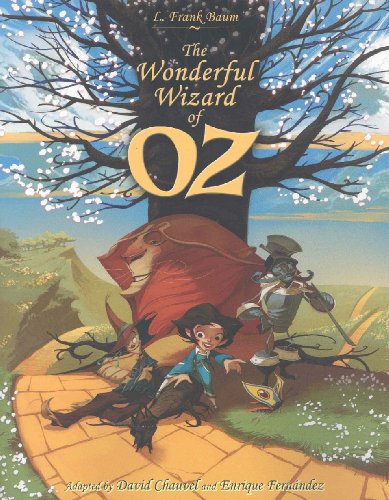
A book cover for The Wonderful Wizard Of Oz; L. Frank Baum; Comics & Graphic Novels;